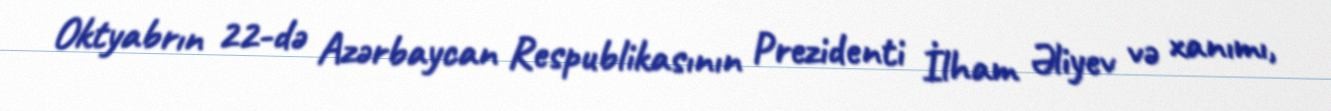
Oktyabrın 22-də Azərbaycan Respublikasının Prezidenti İlham Əliyev və xanımı,